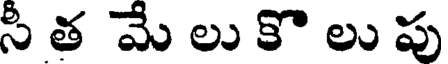
సీ త మే లు కొ లు పు